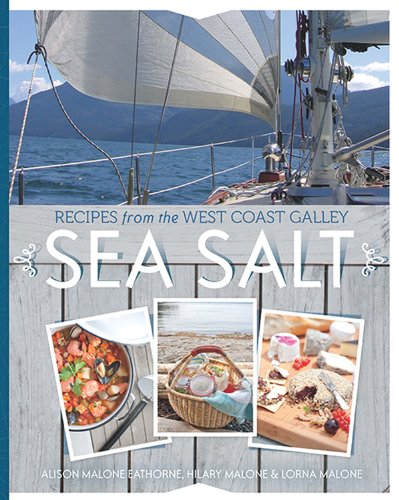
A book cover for Sea Salt: Recipes from the West Coast Galley; Alison Malone Eathorne; Cookbooks, Food & Wine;